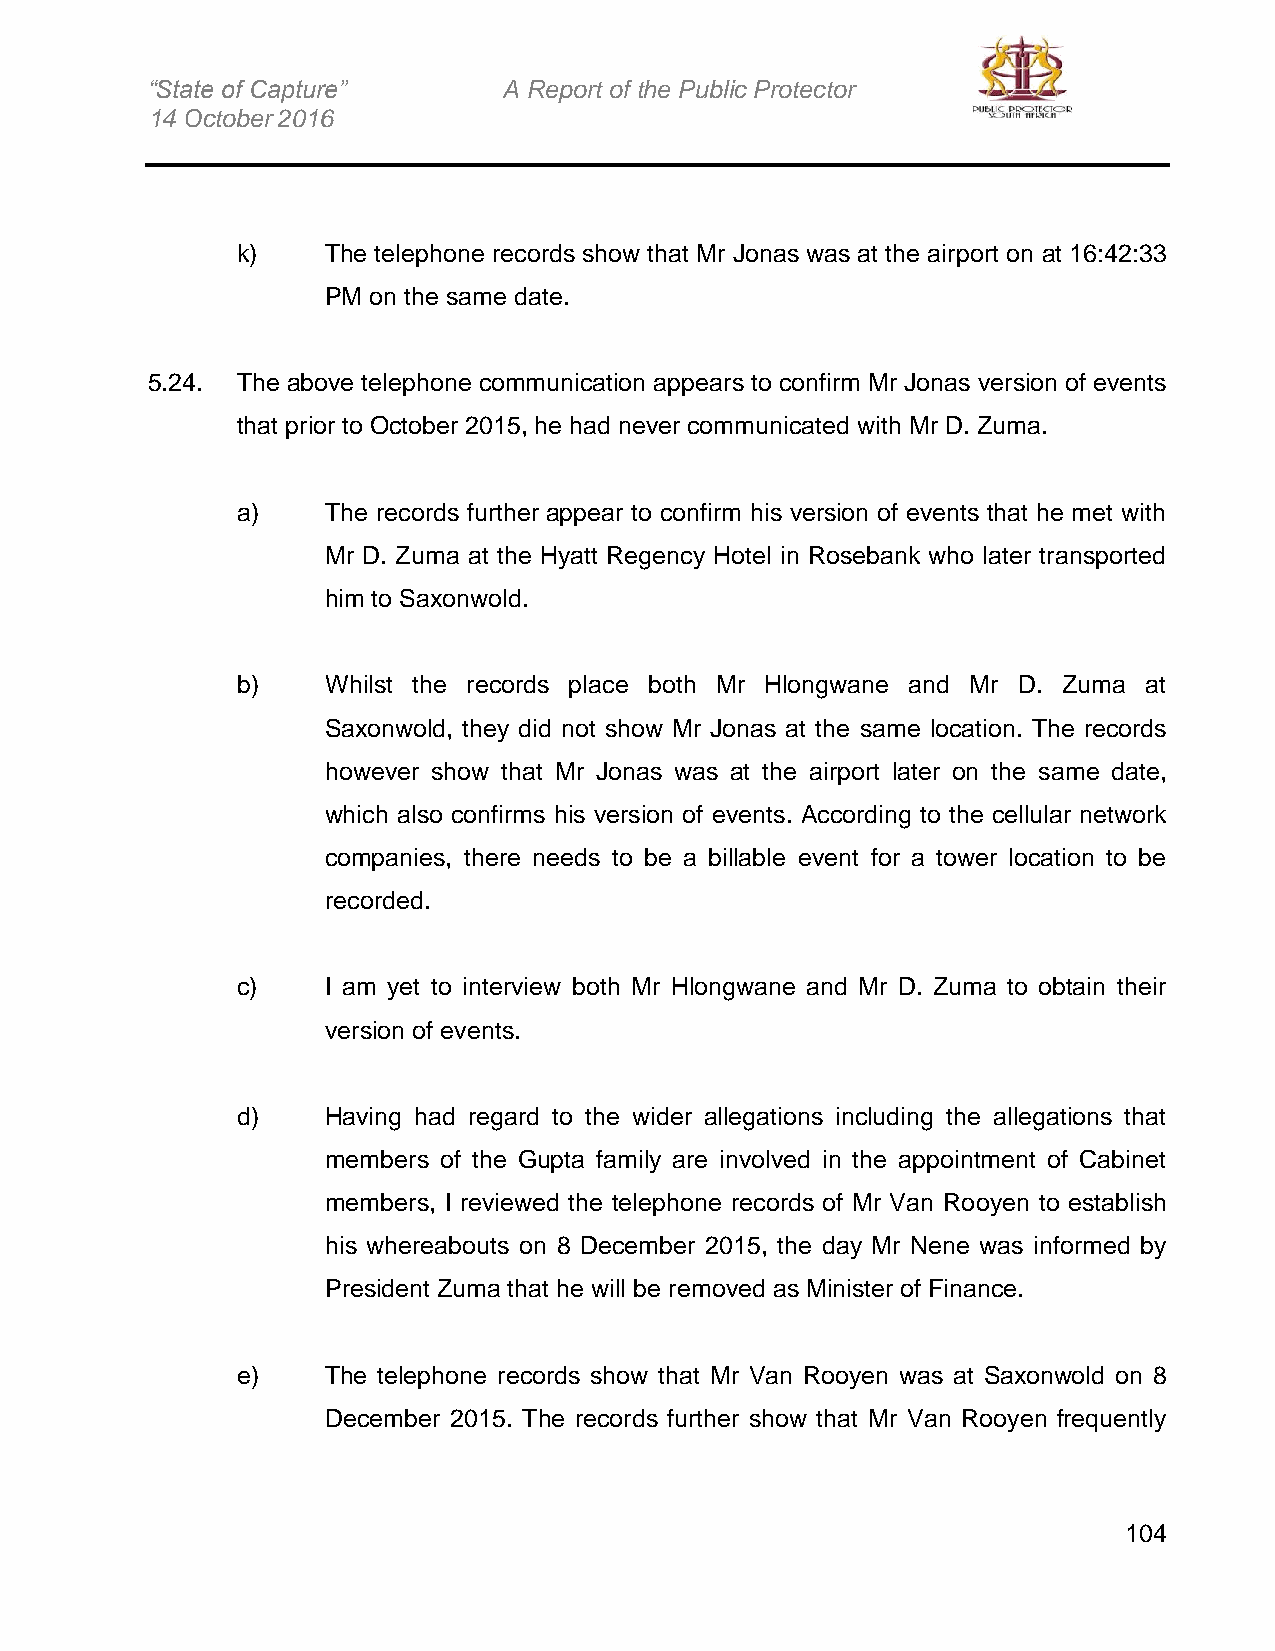
“State of Capture”     A Report of the Public Protector
 14 October 2016
 k)    The telephone records show that Mr Jonas was at the airport on at 16:42:33
 PM on the same date.
 5.24. The above telephone communication appears to confirm Mr Jonas version of events
 that prior to October 2015, he had never communicated with Mr D. Zuma.
 a)    The records further appear to confirm his version of events that he met with
 Mr D. Zuma at the Hyatt Regency Hotel in Rosebank who later transported
 him to Saxonwold.
 b)    Whilst the records place both Mr Hlongwane and Mr D. Zuma at
 Saxonwold, they did not show Mr Jonas at the same location. The records
 however show that Mr Jonas was at the airport later on the same date,
 which also confirms his version of events. According to the cellular network
 companies, there needs to be a billable event for a tower location to be
 recorded.
 c)    I am yet to interview both Mr Hlongwane and Mr D. Zuma to obtain their
 version of events.
 d)    Having had regard to the wider allegations including the allegations that
 members of the Gupta family are involved in the appointment of Cabinet
 members, I reviewed the telephone records of Mr Van Rooyen to establish
 his whereabouts on 8 December 2015, the day Mr Nene was informed by
 President Zuma that he will be removed as Minister of Finance.
 e)    The telephone records show that Mr Van Rooyen was at Saxonwold on 8
 December 2015. The records further show that Mr Van Rooyen frequently
 104